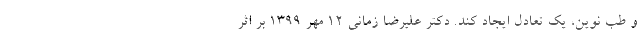
و طب نوین، یک تعادل ایجاد کند. دکتر علیرضا زمانی ۱۲ مهر ۱۳۹۹ بر اثر